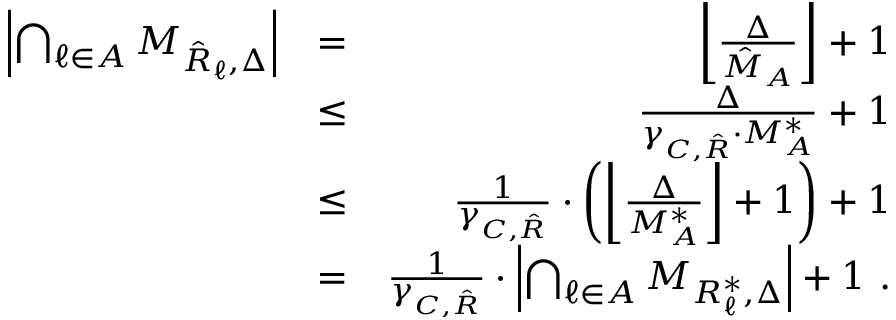
\begin{array} { r l r } { \left| \bigcap _ { \ell \in { \cal A } } { \cal M } _ { \hat { R } _ { \ell } , \Delta } \right| } & { = } & { \left\lfloor \frac { \Delta } { \hat { M } _ { \cal A } } \right\rfloor + 1 } \\ & { \leq } & { \frac { \Delta } { \gamma _ { C , \hat { \cal R } } \cdot M _ { \cal A } ^ { * } } + 1 } \\ & { \leq } & { \frac { 1 } { \gamma _ { C , \hat { \cal R } } } \cdot \left( \left\lfloor \frac { \Delta } { M _ { \cal A } ^ { * } } \right\rfloor + 1 \right) + 1 } \\ & { = } & { \frac { 1 } { \gamma _ { C , \hat { \cal R } } } \cdot \left| \bigcap _ { \ell \in { \cal A } } { \cal M } _ { R _ { \ell } ^ { * } , \Delta } \right| + 1 \ . } \end{array}